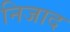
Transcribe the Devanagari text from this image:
निजाद